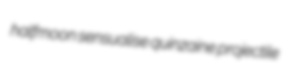
halfmoon sensualise quinzaine projectile